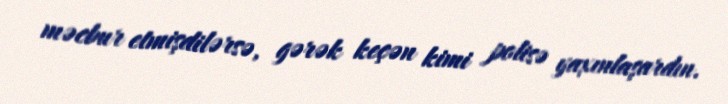
məcbur etmişdilərsə, gərək keçən kimi polisə yaxınlaşardın.